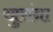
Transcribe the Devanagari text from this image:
खुरांना